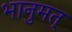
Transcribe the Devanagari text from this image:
भानुमत्